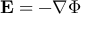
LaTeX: \mathbf { E } = - \nabla \Phi